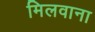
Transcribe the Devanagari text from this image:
मिलवाना